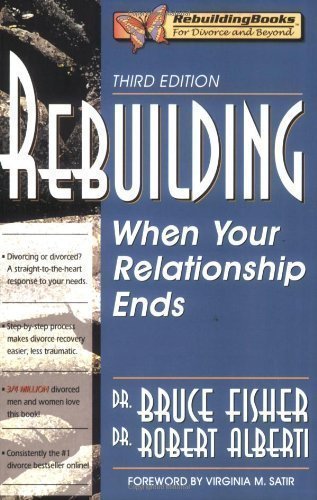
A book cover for Rebuilding: When Your Relationship Ends, 3rd Edition (Rebuilding Books; For Divorce and Beyond) 3rd (third) Edition by Bruce Fisher published by Impact Publishers, Inc. (2005) Paperback; Biographies & Memoirs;